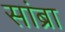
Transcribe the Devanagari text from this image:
सांब्रा